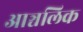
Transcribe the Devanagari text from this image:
आञ्चलिक